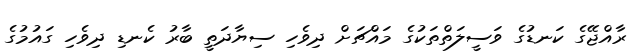
ރާއްޖޭގެ ކަނޑުގެ ވަސީލަތްތަކުގެ މައްޗަށް ދިވެހި ސިޔާދަތީ ބާރު ކެނޑި ދިވެހި ގައުމުގެ